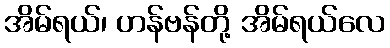
အိမ်ရယ်၊ ဟန်ဗန်တို့ အိမ်ရယ်လေ